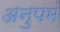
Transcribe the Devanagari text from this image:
अनुपमं